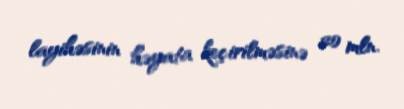
layihəsinin həyata keçirilməsinə 20 mln.